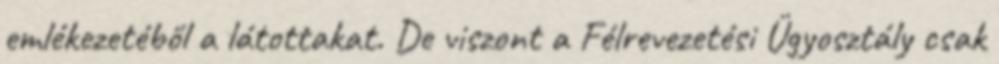
emlékezetéből a látottakat. De viszont a Félrevezetési Ügyosztály csak